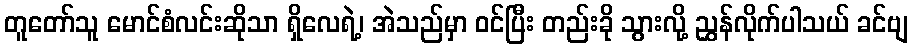
တူတော်သူ မောင်စံလင်းဆိုသာ ရှိလေရဲ့၊ အဲသည်မှာ ဝင်ပြီး တည်းခို သွားလို့ ညွှန်လိုက်ပါသယ် ခင်ဗျ